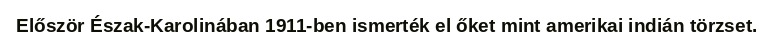
Először Észak-Karolinában 1911-ben ismerték el őket mint amerikai indián törzset.